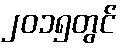
၂၀၁၅တွင်